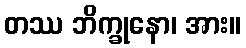
တဿ ဘိက္ခုနော၊ အား။